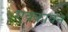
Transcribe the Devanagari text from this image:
एक्कावन